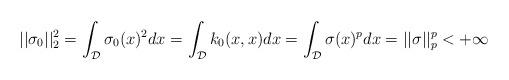
LaTeX: \begin{align*} ||\sigma_0||_2^2 = \int_{\mathcal{D}}\sigma_0(x)^2dx = \int_{\mathcal{D}}k_0(x,x)dx = \int_{\mathcal{D}}\sigma(x)^pdx= ||\sigma||_p^p < + \infty \end{align*}